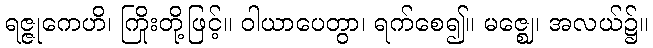
ရဇ္ဇုကေဟိ၊ ကြိုးတို့ဖြင့်။ ဝါယာပေတွာ၊ ရက်စေ၍။ မဇ္ဈေ၊ အလယ်၌။